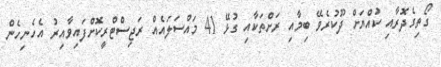
ގޯތިގެދޮރާއި ކުއްޔަށް ދޫކުރެވޭ ބިމާއި ރަށްތަކާއި ގުޅޭ 41 މައްސަލައެއް ރަޖިސްޓްރީކޮށްފައިވާއިރު އެހެނިހެން